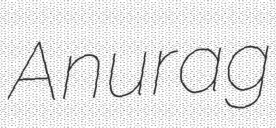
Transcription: Anurag